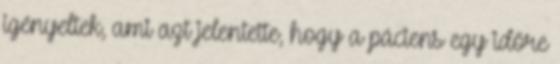
igényeltek, ami azt jelentette, hogy a páciens egy időre